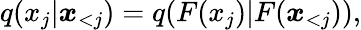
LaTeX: q(x_{j}|\boldsymbol x_{<j})=q(F(x_{j})|F(\boldsymbol x_{<j})),